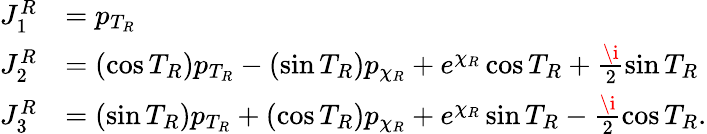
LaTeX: \begin{array}{rl}{J_{1}^{R}}&{=p_{T_{R}}}\\ {J_{2}^{R}}&{=(\cos T_{R})p_{T_{R}}-(\sin T_{R})p_{\chi_{R}}+e^{\chi_{R}}\cos T_{R}+\frac{\i}{2}\sin T_{R}}\\ {J_{3}^{R}}&{=(\sin T_{R})p_{T_{R}}+(\cos T_{R})p_{\chi_{R}}+e^{\chi_{R}}\sin T_{R}-\frac{\i}{2}\cos T_{R}.}\end{array}